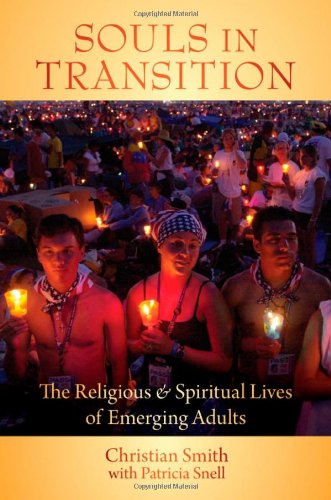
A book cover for Souls in Transition: The Religious and Spiritual Lives of Emerging Adults; Christian Smith; Religion & Spirituality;